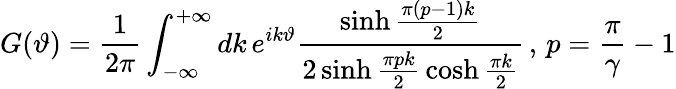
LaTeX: G(\vartheta)=\frac{1}{2\pi}\int_{-\infty}^{+\infty}dk\, e^{ik\vartheta}\frac{\sinh\frac{\pi(p-1)k}{2}}{2\sinh\frac{\pi pk}{2}\, \cosh\frac{\pi k}{2}}\, ,\, p=\frac{\pi}{\gamma}-1